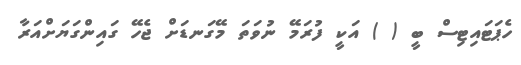
ހެޕަޓައިޓިސް ބީ ( ) އަކީ ފުރަމޭ ނުވަތަ މޭގަނޑަށް ޖެހޭ ގައިންގަޔަށްއަރާ